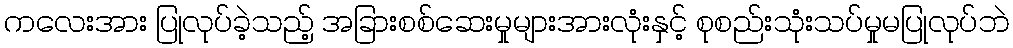
ကလေးအား ပြုလုပ်ခဲ့သည့် အခြားစစ်ဆေးမှုများအားလုံးနှင့် စုစည်းသုံးသပ်မှုမပြုလုပ်ဘဲ